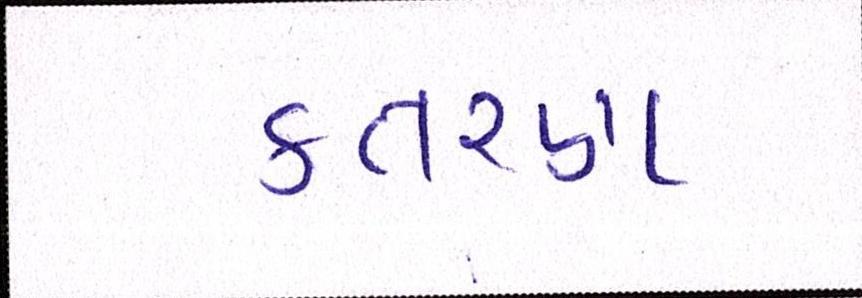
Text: કતરણ